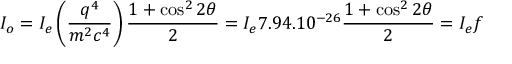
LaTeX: I _ { o } = I _ { e } \left( { \frac { q ^ { 4 } } { m ^ { 2 } c ^ { 4 } } } \right) { \frac { 1 + \cos ^ { 2 } 2 \theta } { 2 } } = I _ { e } 7 . 9 4 . 1 0 ^ { - 2 6 } { \frac { 1 + \cos ^ { 2 } 2 \theta } { 2 } } = I _ { e } f